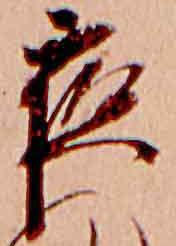
夜